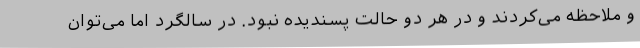
و ملاحظه می‌کردند و در هر دو حالت پسندیده نبود. در سالگرد اما می‌توان